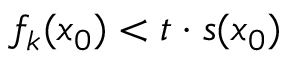
f _ { k } ( x _ { 0 } ) < t \cdot s ( x _ { 0 } )